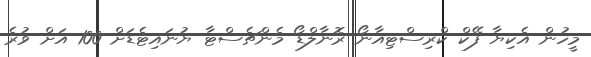
މީހުން އެކިޔާ ފޭކް ކްރިސްޓިއާނޯ ރޮނާލްޑޯ މެންޗެސްޓާ ޔުނައިޓެޑަށް 100 އަށް ވުރެ